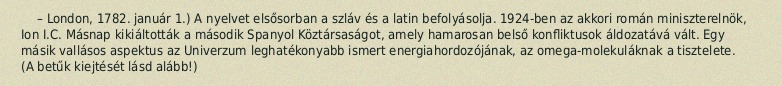
– London, 1782. január 1.) A nyelvet elsősorban a szláv és a latin befolyásolja. 1924-ben az akkori román miniszterelnök, Ion I.C. Másnap kikiáltották a második Spanyol Köztársaságot, amely hamarosan belső konfliktusok áldozatává vált. Egy másik vallásos aspektus az Univerzum leghatékonyabb ismert energiahordozójának, az omega-molekuláknak a tisztelete. (A betűk kiejtését lásd alább!)